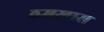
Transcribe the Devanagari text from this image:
ठमखास